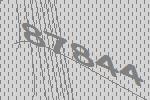
87844